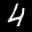
Label: 4